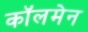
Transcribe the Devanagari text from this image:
कॉलमेन